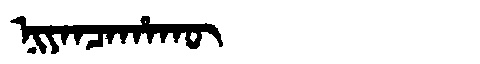
Manchu: ᠨᡳᠶᠠᠨᠴᠠᡥᠠᡴᡡ
Romanization: NIYANCAHAKŪ